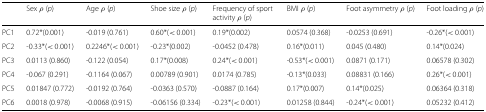
<table><thead><tr><td></td><td><b>Sex <i>ρ</i> (<i>p</i>)</b></td><td><b>Age <i>ρ</i> (<i>p</i>)</b></td><td><b>Shoe size <i>ρ</i> (<i>p</i>)</b></td><td><b>Frequency of sport activity <i>ρ</i> (<i>p</i>)</b></td><td><b>BMI <i>ρ</i> (<i>p</i>)</b></td><td><b>Foot asymmetry <i>ρ</i> (<i>p</i>)</b></td><td><b>Foot loading <i>ρ</i> (<i>p</i>)</b></td></tr></thead><tbody><tr><td>PC1</td><td>0.72*(0.001)</td><td>-0.019 (0.761)</td><td>0.60*(&lt; 0.001)</td><td>0.19*(0.002)</td><td>0.0574 (0.368)</td><td>-0.0253 (0.691)</td><td>-0.26*(&lt; 0.001)</td></tr><tr><td>PC2</td><td>-0.33*(&lt; 0.001)</td><td>0.2246*(&lt; 0.001)</td><td>-0.23*(0.002)</td><td>-0.0452 (0.478)</td><td>0.16*(0.011)</td><td>0.045 (0.480)</td><td>0.14*(0.024)</td></tr><tr><td>PC3</td><td>0.0113 (0.860)</td><td>-0.122 (0.054)</td><td>0.17*(0.008)</td><td>0.24*(&lt; 0.001)</td><td>-0.53*(&lt; 0.001)</td><td>0.0871 (0.171)</td><td>0.06578 (0.302)</td></tr><tr><td>PC4</td><td>-0.067 (0.291)</td><td>-0.1164 (0.067)</td><td>0.00789 (0.901)</td><td>0.0174 (0.785)</td><td>-0.13*(0.033)</td><td>0.08831 (0.166)</td><td>0.26*(&lt; 0.001)</td></tr><tr><td>PC5</td><td>0.01847 (0.772)</td><td>-0.0192 (0.764)</td><td>-0.0363 (0.570)</td><td>-0.0887 (0.164)</td><td>0.17*(0.007)</td><td>0.14*(0.025)</td><td>0.06364 (0.318)</td></tr><tr><td>PC6</td><td>0.0018 (0.978)</td><td>-0.0068 (0.915)</td><td>-0.06156 (0.334)</td><td>-0.23*(&lt; 0.001)</td><td>0.01258 (0.844)</td><td>-0.24*(&lt; 0.001)</td><td>0.05232 (0.412)</td></tr></tbody></table>